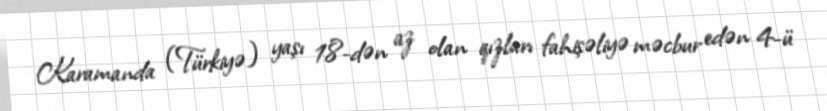
Karamanda (Türkiyə) yaşı 18-dən az olan qızları fahişəliyə məcbur edən 4-ü